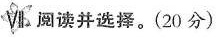
Ⅵ.阅读并选择.(20 分)